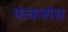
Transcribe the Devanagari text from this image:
फंकशंस